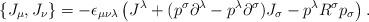
LaTeX: \begin{align*}\{J_{\mu},J_{\nu}\}=-\epsilon_{\mu\nu\lambda}\left(J^{\lambda}+(p^{\sigma}\partial^{\lambda}-p^{\lambda}\partial^{\sigma})J_{\sigma}-p^{\lambda}R^{\sigma}p_{\sigma}\right).\end{align*}